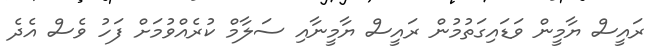
ރައީސް ޔާމީން ވަޑައިގަތުމުން ރައީސް ޔާމީނާއި ސަލާމް ކުރެއްވުމަށް ފަހު ވެސް އެދެ